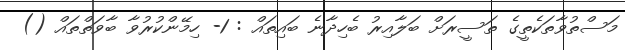
މަސްތުވާތަކެތީގެ ތަސީރަށް ބަލާއިރު ބެހިދާނެ ބައިތައް : 1- ހިމޭންކުރުވާ ބާވަތްތައް ()